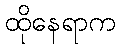
ထိုနေရာက